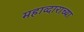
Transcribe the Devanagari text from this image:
महाव्दाराच्या